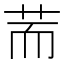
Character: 荋